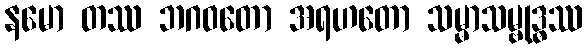
နမော တဿ ဘဂဝတော အရဟတော သမ္မာသမ္ဗုဒ္ဓဿ